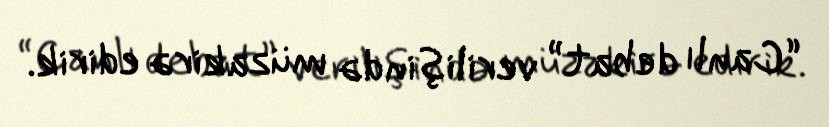
“Canlı debat” verilişində müzakirə edirik.